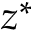
z ^ { \ast }